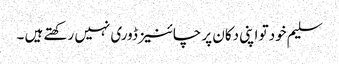
سلیم خود تو اپنی دکان پر چائنیز ڈوری نہیں رکھتے ہیں ۔